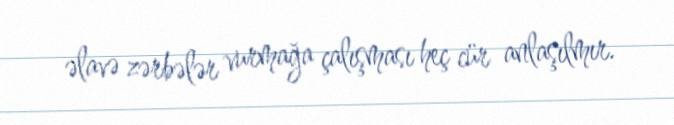
əlavə zərbələr vurmağa çalışması heç cür anlaşılmır.